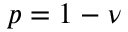
p = 1 - \nu